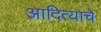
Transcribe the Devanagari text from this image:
आदित्याचे